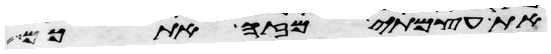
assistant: את עצמתי מזה אתכם